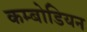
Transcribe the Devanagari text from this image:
कम्बोडियन